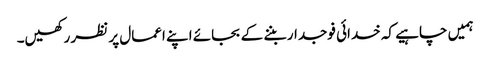
ہمیں چاہیے کہ خدائی فوجدار بننے کے بجائے اپنے اعمال پر نظر رکھیں۔